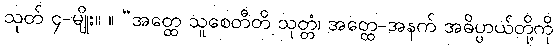
သုတ် ၄-မျိုး။ ။ “အတ္ထေ သူစေတီတိ သုတ္တံ၊ အတ္ထေ-အနက် အဓိပ္ပာယ်တို့ကို